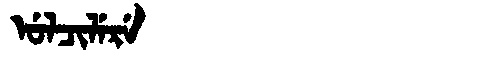
Manchu: ᡠᠯᠴᡳᠯᡝᡵᡝ
Romanization: ULCILERE